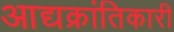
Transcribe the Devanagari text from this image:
आद्यक्रांतिकारी